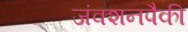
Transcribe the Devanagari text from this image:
जंक्शनपैकी